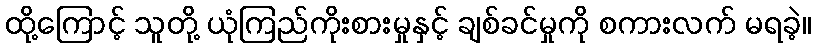
ထို့ကြောင့် သူတို့ ယုံကြည်ကိုးစားမှုနှင့် ချစ်ခင်မှုကို စကားလက် မရခဲ့။